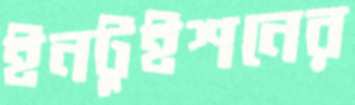
ইনটুইশনের